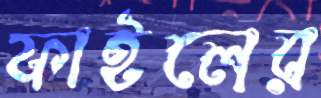
ফাইলের